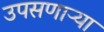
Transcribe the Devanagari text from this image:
उपसणाऱ्या